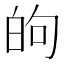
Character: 𫞮